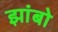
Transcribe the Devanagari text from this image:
झांबो